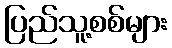
ပြည်သူ့စစ်များ